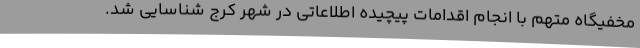
مخفیگاه متهم با انجام اقدامات پیچیده اطلاعاتی در شهر کرج شناسایی شد.